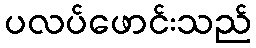
ပလပ်ဖောင်းသည်